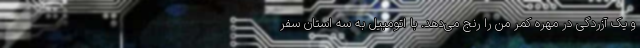
و یک آزردگی در مهره کمر من را رنج می‌دهد. با اتومبیل به سه استان سفر